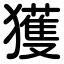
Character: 獲